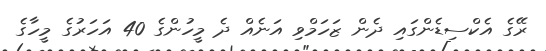
ރޭގެ އެކްސިޑެންގައި ދެން ޒަހަމްވި އަނެއް ދެ މީހުންގެ 40 އަހަރުގެ މީހާގެ